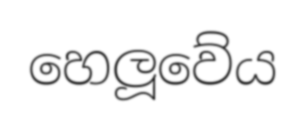
හෙලූවේය